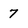
Character: 7